First report of the anti-malarial operations at Mian Mir, 1901-1903 - Number 6
Year: 1901
Disease focus: Malaria
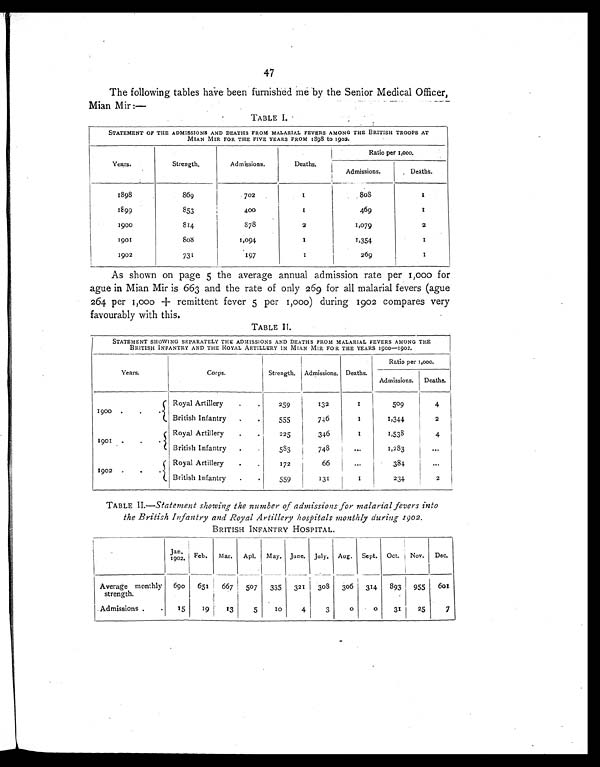
47
The following tables have been furnished me by the Senior Medical Officer,
Mian Mir :—
TABLE I
STATEMENT OF THE ADMISSIONS AND DEATHS FROM MALARIAL FEVERS AMONG THE BRITISH TROOPS AT
MIAN MIR FOR THE FIVE YEARS FROM 1898 to 1902.
Ratio per 1,000.
Years.
Strength.
Admissions.
Deaths.
Admissions.
Deaths.
1898
869
702
1
8 0 8
1
1899
853
400
1
469
1
1900
814
878
2
1,079
2
1901
8 0 8
1,094
1
1,354
1
1902
731
197
1
269
1
As shown on page 5 the average annual admission rate per 1,000 for
ague in Mian Mir is 663 and the rate of only 269 for all malarial fevers (ague
264 per 1, 000 + r emi t t ent f ever 5 per 1, 000) dur i ng 1902 compar es ver y
favourably with this.
TABLE II.
STATEMENT SHOWING SEPARATELY THE ADMISSIONS AND DEATHS FROM MALARIAL FEVERS AMONG THE
BRITISH INFANTRY AND THE ROYAL ARTILLERY IN MIAN MIR FOR THE YEARS 1900-1902.
Years.
Corps.
Strength.
Admissions. Deaths.
Ratio per 1,000.
Admissions.
Deaths.
Royal Artillery
.
.
259
132
1
509
4
1900 .
.
British Infantry
.
.
555
746
1
1,344
2
Royal Artillery
.
.
225
346
1
1,538
4
1901 .
.
.
British Infantry
.
.
583
748
. . .
1,283
. . .
Royal Artiller
.
.
66
. . .
384
...
1902
.
.
.
British infantry
.
.
559
131
1
234
2
TABLE II .—Statement showing the number of admissions for malarial fevers into
the British Infantry and Royal Artillery hospitals monthly during 1902.
BRITISH INFANTRY HOSPITAL.
Jan.
1902
Feb.
Mar.
Apl.
May. June. July. Aug. Sept. Oct.
Nov.
Dec.
Average monthly
strength.
690
651
667
507
335 321
308
306
314
893
955
601
Admissions..
15
19
13
5
1 0
4
3
0
0
31
25
7